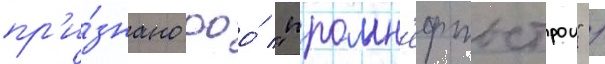
пр'и́знано ооо́ "промн'ефтьстрои" /